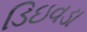
ડિઇવડા